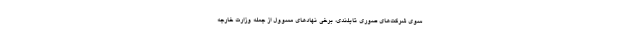
سوی شرکت‌های صوری تایلندی، برخی نهادهای مسوول از جمله وزارت خارجه